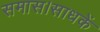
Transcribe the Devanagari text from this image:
समास।साधकें